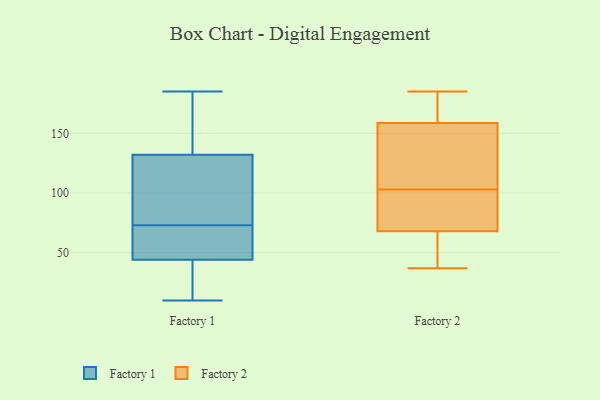
{"axis": {"x": "Customer Acquisition Cost (USD)", "y": "Value"}, "legend": ["Factory 1", "Factory 2"], "data": [{"x": "", "y": 17, "type": "Factory 1"}, {"x": "", "y": 10, "type": "Factory 1"}, {"x": "", "y": 47, "type": "Factory 1"}, {"x": "", "y": 73, "type": "Factory 1"}, {"x": "", "y": 35, "type": "Factory 1"}, {"x": "", "y": 147, "type": "Factory 1"}, {"x": "", "y": 66, "type": "Factory 1"}, {"x": "", "y": 127, "type": "Factory 1"}, {"x": "", "y": 21, "type": "Factory 1"}, {"x": "", "y": 185, "type": "Factory 1"}, {"x": "", "y": 65, "type": "Factory 1"}, {"x": "", "y": 84, "type": "Factory 1"}, {"x": "", "y": 157, "type": "Factory 1"}, {"x": "", "y": 76, "type": "Factory 1"}, {"x": "", "y": 108, "type": "Factory 1"}, {"x": "", "y": 47, "type": "Factory 1"}, {"x": "", "y": 168, "type": "Factory 1"}, {"x": "", "y": 69, "type": "Factory 2"}, {"x": "", "y": 185, "type": "Factory 2"}, {"x": "", "y": 98, "type": "Factory 2"}, {"x": "", "y": 65, "type": "Factory 2"}, {"x": "", "y": 179, "type": "Factory 2"}, {"x": "", "y": 76, "type": "Factory 2"}, {"x": "", "y": 103, "type": "Factory 2"}, {"x": "", "y": 117, "type": "Factory 2"}, {"x": "", "y": 140, "type": "Factory 2"}, {"x": "", "y": 37, "type": "Factory 2"}, {"x": "", "y": 152, "type": "Factory 2"}, {"x": "", "y": 181, "type": "Factory 2"}, {"x": "", "y": 58, "type": "Factory 2"}]}